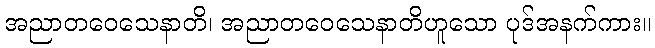
အညာတဝေသေနာတိ၊ အညာတဝေသေနာတိဟူသော ပုဒ်အနက်ကား။